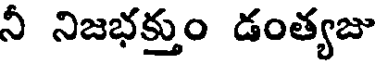
నీ నిజభక్తుం డంత్యజు